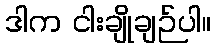
ဒါက ငါးချိုချဉ်ပါ။